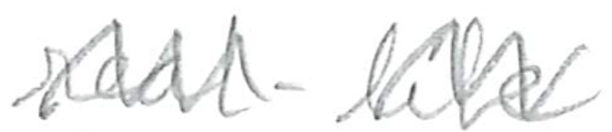
Text: real-life
Cross-out: zig-zag
Writing tool: pencil